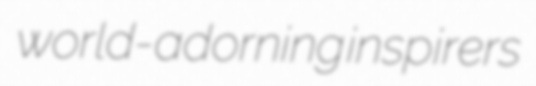
world-adorning inspirers